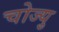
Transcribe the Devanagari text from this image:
चोज्यु